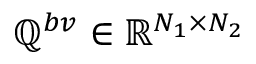
\mathbb Q ^ { b v } \in \mathbb R ^ { N _ { 1 } \times N _ { 2 } }